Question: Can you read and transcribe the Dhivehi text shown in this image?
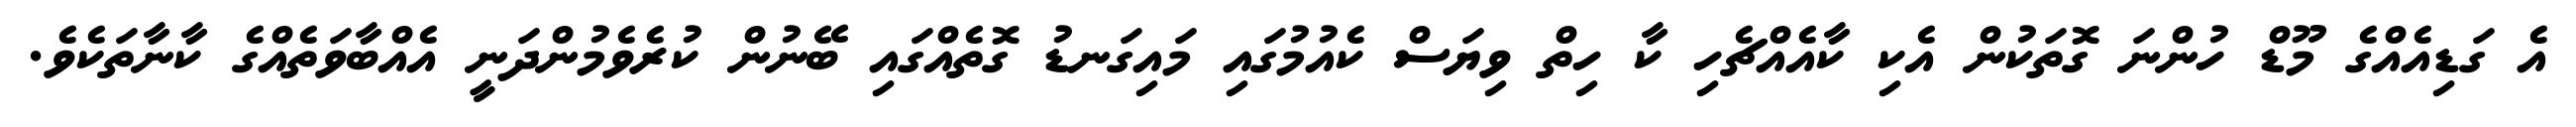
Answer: އެ ގަޑިއެއްގެ މޫޑް ހުންނަ ގޮތަކުން އެކި ކާއެއްޗެހި ކާ ހިތް ވިޔަސް ކެއުމުގައި މައިގަނޑު ގޮތެއްގައި ބޭނުން ކުރެވެމުންދަނީ އެއްބާވަތެއްގެ ކާނާތަކެވެ.